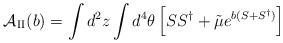
LaTeX: \begin{align*}{\cal A}_{\rm II}(b)=\int d^2 z \int d^4\theta \left[SS^{\dagger}+{\tilde\mu}e^{b(S+S^{\dagger})}\right]\end{align*}